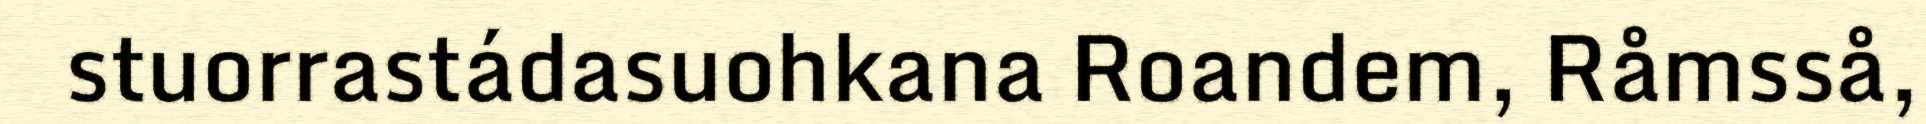
stuorrastádasuohkana Roandem, Råmsså,